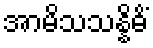
အာမိသသန္နိဓိံ